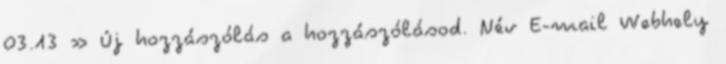
03.13 » Új hozzászólás a hozzászólásod. Név E-mail Webhely